Annual report on the health of the army in India
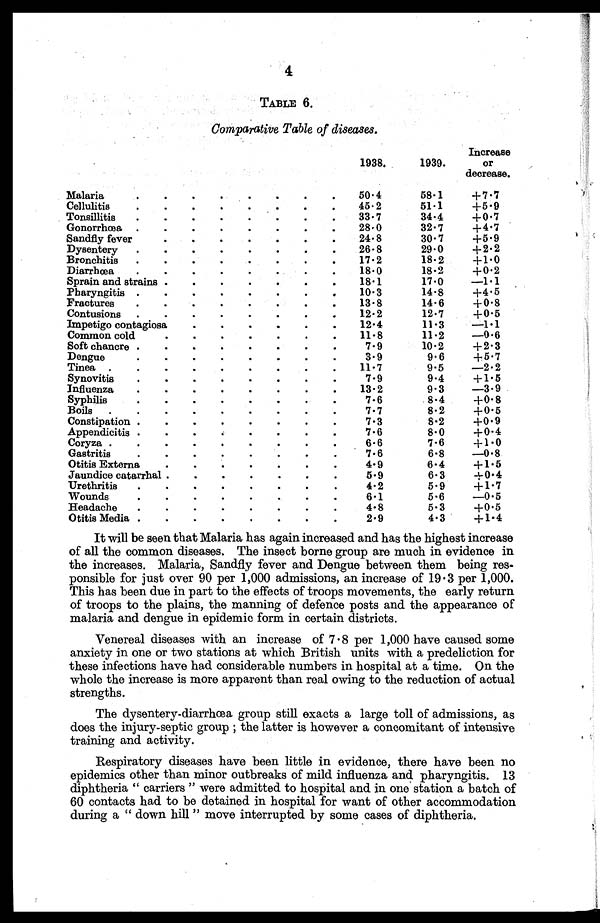
4
TABLE 6.
Comparative Table of diseases.
1938.
1939.
Increase
or
decrease.
Malaria
.
.
.
.
.
.
.
.
50.4
58.1
+7 .7
Cellulitis
.
.
.
.
.
.
.
.
45.2
51.1
+5 .9
Tonsillitis
.
.
.
.
.
.
.
.
33.7
34.4
+ 0.7
Gonorrhœa .
.
.
.
.
.
.
.
28.0
32.7
+4.7
Sandfly fever
.
.
.
24.8
30.7
+5.9
Dysentery
.
.
.
.
.
.
.
.
26.8
29.0
+ 2.2
Bronchitis
.
.
.
.
.
.
.
17.2
18.2
+1.0
Diarrhœa
.
.
.
.
.
.
.
18.0
18-2
+ 0.2
Sprain and strains .
.
.
.
18.1
17.0
-1.1
.
Pharyngitis .
.
.
.
.
.
.
.
10.3
14.8
+4 . 5
Fractures
.
.
.
.
.
.
.
.
13.8
14.6
+ 0.8
Contusions
.
.
.
.
.
.
.
.
12.2
12.7
+ 0.5
Impetigo contagiosa
.
.
.
.
.
.
12.4
11.3
-1.1
Common cold
.
.
.
.
.
.
.
11.8
11.2
-0.6
Soft chancre .
.
.
.
.
-
.
.
7.9
10.2
+ 2.3
Dengue
3 . 9
9.6
+ 5.7
Tinea .
.
.
.
.
.
.
.
.
11.7
9.5
-2.2
Synovitis
.
.
.
.
.
.
.
.
7.9
9.4
+1.5
Influenza
.
.
.
.
.
.
.
.
13.2
9.3
-3.9
Syphilis
7.6
8.4
+0. 8
Boils
.
.
.
.
.
.
.
.
.
7.7
8.2
+ 0.5
Constipation .
.
.
.
.
.
.
.
7.3
8.2
+0.9
Appendicitis .
.
.
7.6
8.0
+0.4
Coryza .
.
.
.
.
.
.
.
.
6 • 6
7.6
+1.0
Gastritis
.
.
.
.
.
.
.
.
7.6
6.8
-0.8
Otitis Externa
.
.
.
.
.
.
.
4.9
6.4
+1.5
Jaundice catarrhal .
.
.
.
.
.
.
5.9
6.3
± 0.4
Urethritis
.
.
.
.
.
.
.
.
4.2
5.9
+1.7
Wounds
.
.
.
.
.
.
.
.
6 • 1
5.6
-0.5
Headache
.
.
.
.
.
.
.
.
4.8
5.3
+0.5
Otitis Media .
.
.
.
.
.
.
.
2.9
4.3
+1 • 4
It will be seen that Malaria has again increased and has the highest increase
of all the common diseases. The insect borne group are much in evidence in
the increases. Malaria, Sandfly fever and Dengue between them being res-
ponsible for just over 90 per 1,000 admissions, an increase of 19 . 3 per 1,000.
This has been due in part to the effects of troops movements, the early return
of troops to the plains, the manning of defence posts and the appearance of
malaria and dengue in epidemic form in certain districts.
Venereal diseases with an increase of 7 . 8 per 1,000 have caused some
anxiety in one or two stations at which British units with a predeliction for
these infections have had considerable numbers in hospital at a time. On the
whole the increase is more apparent than real owing to the reduction of actual
strengths.
The dysentery-diarrhœa group still exacts a large toll of admissions, as
does the injury-septic group ; the latter is however a concomitant of intensive
training and activity.
Respiratory diseases have been little in evidence, there have been no
epidemics other than minor outbreaks of mild influenza and pharyngitis. 13
diphtheria " carriers " were admitted to hospital and in one station a batch of
60 contacts had to be detained in hospital for want of other accommodation
during a " down hill " move interrupted by some cases of diphtheria.